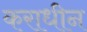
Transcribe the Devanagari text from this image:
कराधीन